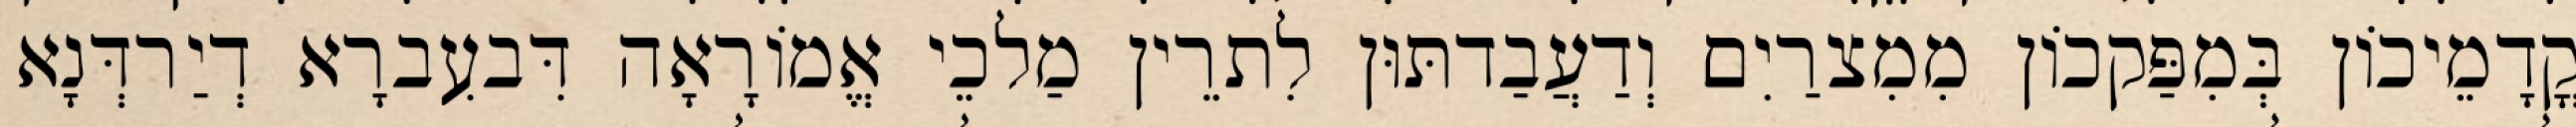
קֳדָמֵיכוֹן בְּמִפַּקכוֹן מִמִצרַיִם וְדַעֲבַדתּוּן לִתרֵין מַלכֵי אֱמוֹרָאָה דִּבעִברָא דְיַרדְּנָא